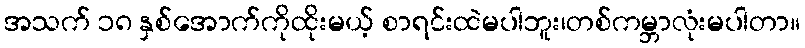
အသက် ၁၈ နှစ်အောက်ကိုထိုးမယ့် စာရင်းထဲမပါဘူး၊တစ်ကမ္ဘာလုံးမပါတာ။